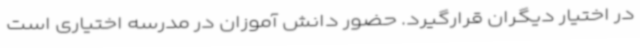
در اختیار دیگران قرارگیرد. حضور دانش آموزان در مدرسه اختیاری است